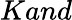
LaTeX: Kand